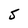
Character: 5